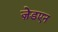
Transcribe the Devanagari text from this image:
ज़ेडएन